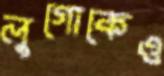
লুগোকেও